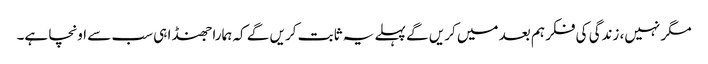
مگر نہیں، زندگی کی فکر ہم بعد میں کریں گے پہلے یہ ثابت کریں گے کہ ہمارا جھنڈا ہی سب سے اونچا ہے۔